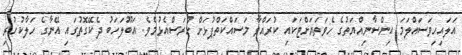
އަލައިހިވަސައްލަމަ އިންސާނިއްޔަތުގެ ހެވަތަޔަށްޓަކައި ކުރައްވާ މަސައްކަތްޕުޅަށް ހުރަސްއެޅުމެވެ. އަބޫލަހަބު ދެކޭގޮތުގައި އޭނާގެ ހަލާކުހުރި